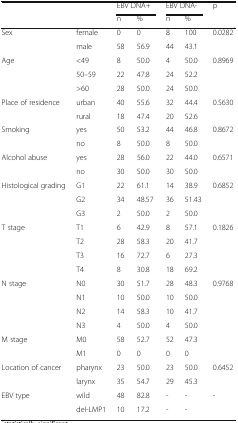
<table><thead><tr><td rowspan="2" colspan="2"></td><td colspan="2"><b>EBV DNA+</b></td><td colspan="2"><b>EBV DNA-</b></td><td rowspan="2"><b>p</b></td></tr><tr><td><b>n</b></td><td><b>%</b></td><td><b>n</b></td><td><b>%</b></td></tr></thead><tbody><tr><td rowspan="2">Sex</td><td>female</td><td>0</td><td>0</td><td>8</td><td>100</td><td rowspan="2">0.0282<sup>*</sup></td></tr><tr><td>male</td><td>58</td><td>56.9</td><td>44</td><td>43.1</td></tr><tr><td rowspan="3">Age</td><td>&lt;49</td><td>8</td><td>50.0</td><td>4</td><td>50.0</td><td rowspan="3">0.8969</td></tr><tr><td>50–59</td><td>22</td><td>47.8</td><td>24</td><td>52.2</td></tr><tr><td>&gt;60</td><td>28</td><td>50.0</td><td>24</td><td>50.0</td></tr><tr><td rowspan="2">Place of residence</td><td>urban</td><td>40</td><td>55.6</td><td>32</td><td>44.4</td><td rowspan="2">0.5630</td></tr><tr><td>rural</td><td>18</td><td>47.4</td><td>20</td><td>52.6</td></tr><tr><td rowspan="2">Smoking</td><td>yes</td><td>50</td><td>53.2</td><td>44</td><td>46.8</td><td rowspan="2">0.8672</td></tr><tr><td>no</td><td>8</td><td>50.0</td><td>8</td><td>50.0</td></tr><tr><td rowspan="2">Alcohol abuse</td><td>yes</td><td>28</td><td>56.0</td><td>22</td><td>44.0</td><td rowspan="2">0.6571</td></tr><tr><td>no</td><td>30</td><td>50.0</td><td>30</td><td>50.0</td></tr><tr><td rowspan="3">Histological grading</td><td>G1</td><td>22</td><td>61.1</td><td>14</td><td>38.9</td><td rowspan="3">0.6852</td></tr><tr><td>G2</td><td>34</td><td>48.57</td><td>36</td><td>51.43</td></tr><tr><td>G3</td><td>2</td><td>50.0</td><td>2</td><td>50.0</td></tr><tr><td rowspan="4">T stage</td><td>T1</td><td>6</td><td>42.9</td><td>8</td><td>57.1</td><td rowspan="4">0.1826</td></tr><tr><td>T2</td><td>28</td><td>58.3</td><td>20</td><td>41.7</td></tr><tr><td>T3</td><td>16</td><td>72.7</td><td>6</td><td>27.3</td></tr><tr><td>T4</td><td>8</td><td>30.8</td><td>18</td><td>69.2</td></tr><tr><td rowspan="4">N stage</td><td>N0</td><td>30</td><td>51.7</td><td>28</td><td>48.3</td><td rowspan="4">0.9768</td></tr><tr><td>N1</td><td>10</td><td>50.0</td><td>10</td><td>50.0</td></tr><tr><td>N2</td><td>14</td><td>58.3</td><td>10</td><td>41.7</td></tr><tr><td>N3</td><td>4</td><td>50.0</td><td>4</td><td>50.0</td></tr><tr><td rowspan="2">M stage</td><td>M0</td><td>58</td><td>52.7</td><td>52</td><td>47.3</td><td rowspan="2"></td></tr><tr><td>M1</td><td>0</td><td>0</td><td>0</td><td>0</td></tr><tr><td rowspan="2">Location of cancer</td><td>pharynx</td><td>23</td><td>50.0</td><td>23</td><td>50.0</td><td rowspan="2">0.6452</td></tr><tr><td>larynx</td><td>35</td><td>54.7</td><td>29</td><td>45.3</td></tr><tr><td rowspan="2">EBV type</td><td>wild</td><td>48</td><td>82.8</td><td>-</td><td>-</td><td rowspan="2">-</td></tr><tr><td>del-LMP1</td><td>10</td><td>17.2</td><td>-</td><td>-</td></tr></tbody></table>